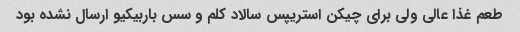
طعم غذا عالی ولی برای چیکن استریپس سالاد کلم و سس باربیکیو ارسال نشده بود